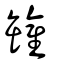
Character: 罐